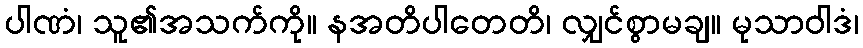
ပါဏံ၊ သူ၏အသက်ကို။ နအတိပါတေတိ၊ လျှင်စွာမချ။ မုသာဝါဒံ၊